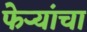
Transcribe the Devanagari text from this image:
फेर्‍यांचा